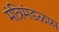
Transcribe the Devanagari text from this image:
मंत्रिमंडळास